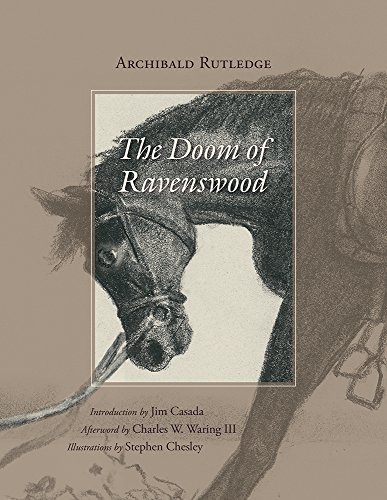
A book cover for The Doom of Ravenswood; Archibald Rutledge; Literature & Fiction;